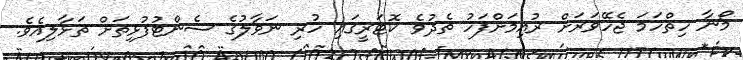
މޯނާ ހިތްހަމަ ޖެހޭވަރަށް ރުއިމަށްފަހު ތެދުވެ ކޮޓަރީގައި ހުރި ނަވާލުގެ ސެންޓުފުޅިތަށް ތަޅާލިއެވެ.